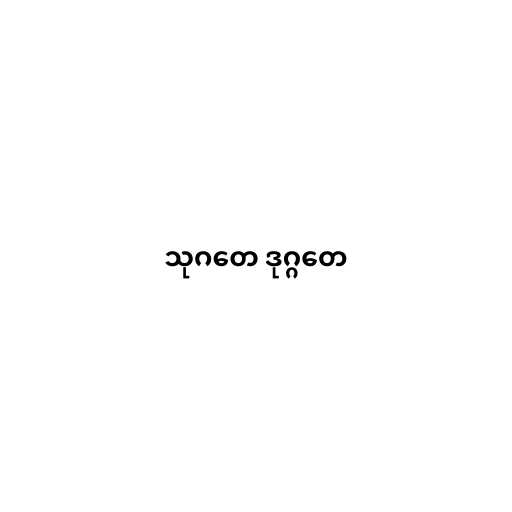
သုဂတေ ဒုဂ္ဂတေ